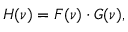
H ( \nu ) = F ( \nu ) \cdot G ( \nu ) ,